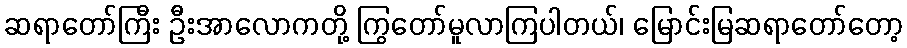
ဆရာတော်ကြီး ဦးအာလောကတို့ ကြွတော်မူလာကြပါတယ်၊ မြောင်းမြဆရာတော်တော့